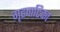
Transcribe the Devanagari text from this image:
गृहवाटिका